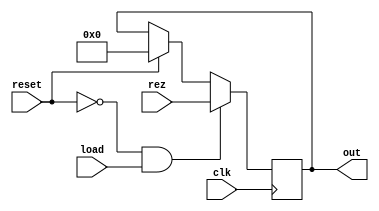
`timescale 1ns / 1ps
//////////////////////////////////////////////////////////////////////////////////
// Company: 
// Engineer: 
// 
// Design Name: 
// Module Name: RegD
// Project Name: 
// Target Devices: 
// Tool Versions: 
// Description: 
// 
// Dependencies: 
// 
// Revision:
// Revision 0.01 - File Created
// Additional Comments:
// 
//////////////////////////////////////////////////////////////////////////////////


module RegD(clk, reset, load, rez, out);
input clk;
input reset;
input load;
input [4:0] rez;
output [4:0] out;
reg [4:0] out;
always @(posedge clk)
begin
    if(reset == 0 && load == 1)
       out = rez;
    else
    begin
    if(reset == 1)
        out = 0;
    end
end
endmodule